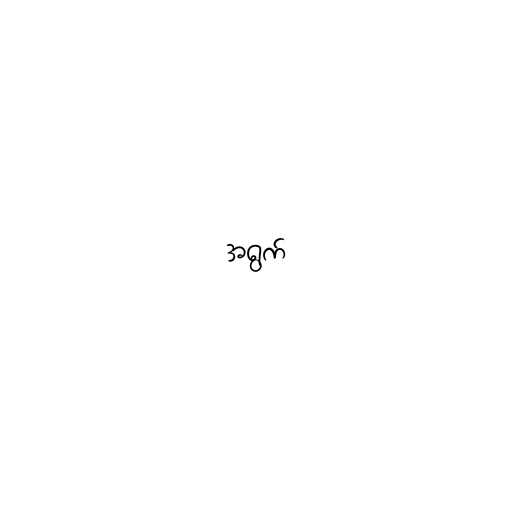
အရွက်